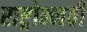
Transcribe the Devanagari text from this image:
राष्ट्रोन्नती